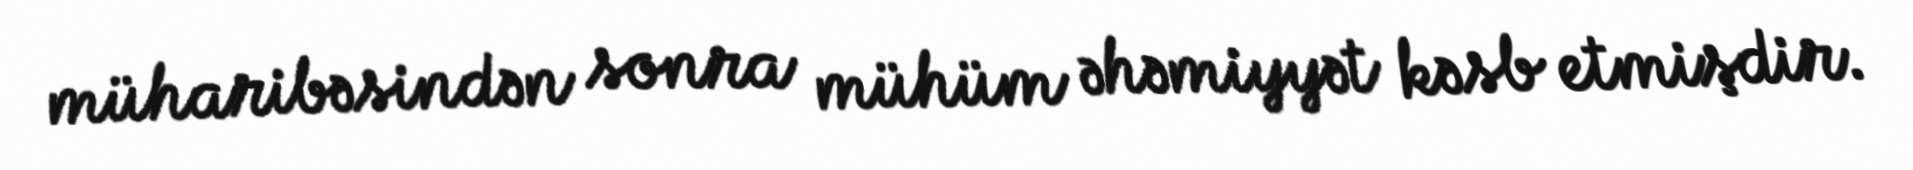
müharibəsindən sonra mühüm əhəmiyyət kəsb etmişdir.